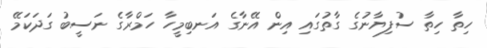
ހިތާ ހިތާ ސުފިޔާނުގެ ގާތުގައި އިން އޭނާގެ އަނބިމީހާ ހަމްރާގެ ނަސީބު ގަދަކަމޭ